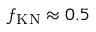
f _ { \mathrm { K N } } \approx 0 . 5